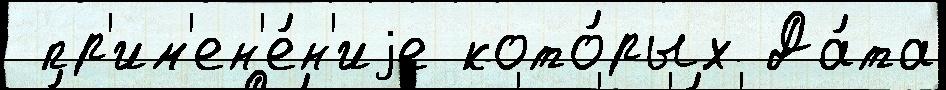
 пр'им'ен'е́н'иjе кото́рых Да́та